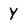
Character: Y